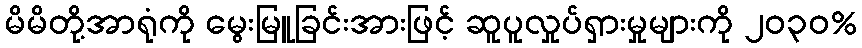
မိမိတို့အာရုံကို မွေးမြူခြင်းအားဖြင့် ဆူပူလှုပ်ရှားမှုများကို ၂၀၃၀%